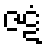
ဇဋံ